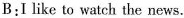
B:I like to watch the news.